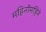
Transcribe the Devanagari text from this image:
महिनोंमहिने